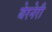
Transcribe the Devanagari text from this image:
बेरनेरी